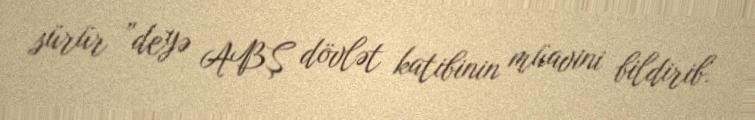
sürür ”deyə ABŞ dövlət katibinin müavini bildirib.